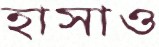
হাসাও